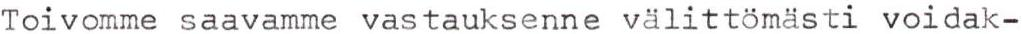
Toivomme saavamme vastauksenne välittömästi voidak-